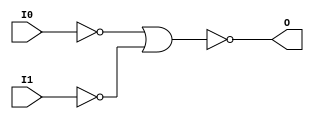
module NOR2B2 (O, I0, I1);

    output O;

    input  I0, I1;

    wire i0_inv;
    wire i1_inv;

    not N1 (i1_inv, I1);
    not N0 (i0_inv, I0);
    nor O1 (O, i0_inv, i1_inv);


endmodule